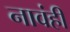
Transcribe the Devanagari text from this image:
नावंही